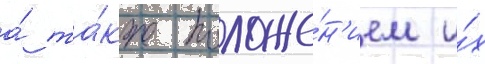
а́ та́кже положе́н'ием и́х